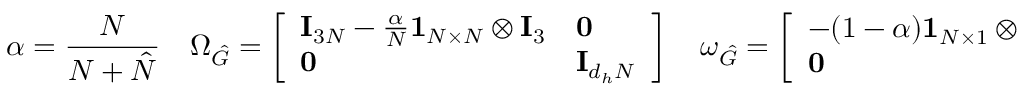
\alpha = \frac { N } { N + \hat { N } } \quad \Omega _ { \hat { G } } = \left[ \begin{array} { l l } { \mathbf { I } _ { 3 N } - \frac { \alpha } { N } \mathbf { 1 } _ { N \times N } \otimes \mathbf { I } _ { 3 } } & { \mathbf { 0 } } \\ { \mathbf { 0 } } & { \mathbf { I } _ { d _ { h } N } } \end{array} \right] \quad \omega _ { \hat { G } } = \left[ \begin{array} { l } { - ( 1 - \alpha ) \mathbf { 1 } _ { N \times 1 } \otimes \mathbf { \hat { x } } _ { a v } } \\ { \mathbf { 0 } } \end{array} \right]